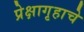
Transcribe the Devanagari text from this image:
प्रेक्षागृहाचे